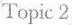
Topic 2